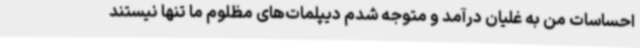
احساسات من به غلیان درآمد و متوجه شدم دیپلمات‌های مظلوم ما تنها نیستند